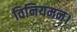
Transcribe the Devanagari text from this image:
विनियमन।